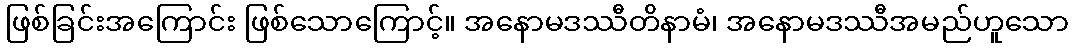
ဖြစ်ခြင်းအကြောင်း ဖြစ်သောကြောင့်။ အနောမဒဿီတိနာမံ၊ အနောမဒဿီအမည်ဟူသော